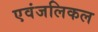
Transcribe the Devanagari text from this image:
एवंजलिकल